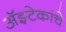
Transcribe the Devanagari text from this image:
अॅझ्टेकांचे